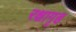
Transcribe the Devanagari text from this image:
रक्षागृह